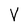
Character: V